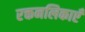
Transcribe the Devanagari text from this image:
रक्तनलिकाएँ